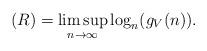
LaTeX: \begin{align*}(R)=\limsup_{n\to\infty}\log_n(g_V(n)).\end{align*}